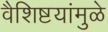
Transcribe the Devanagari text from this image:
वैशिष्टयांमुळे